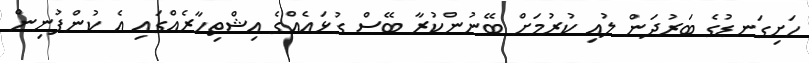
ހަށިގަނޑުގެ ބަރުދަން ލުއި ކުރުމަށް ބޭނުންކުރާ ބޭސް ގުޅައެއްގެ އިޝްތިހާރެއްގައި އެ ކުންފުނިން